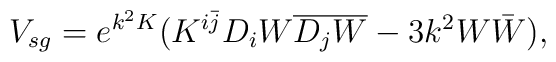
V_{sg}=e^{k^2 K}( K^{i\bar j}D_{i} W\overline {D_{j} W }-3k^2 W \bar W),